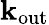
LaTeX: \mathbf{k}_{\mathrm{{out}}}